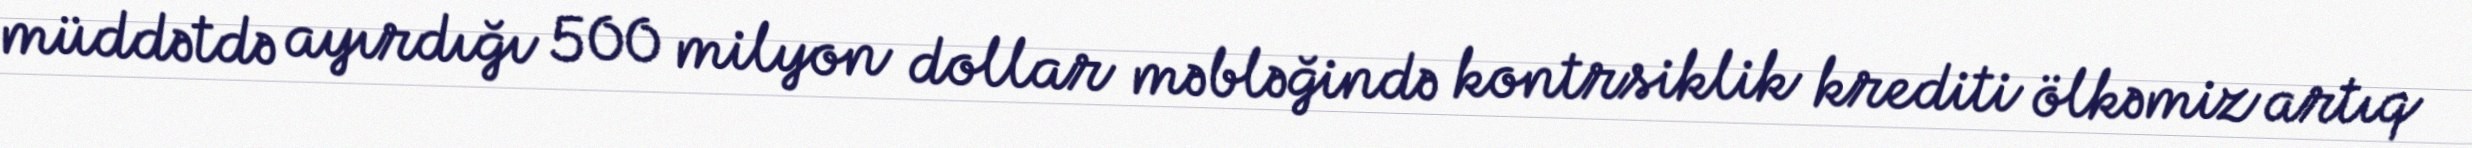
müddətdə ayırdığı 500 milyon dollar məbləğində kontrsiklik krediti ölkəmiz artıq